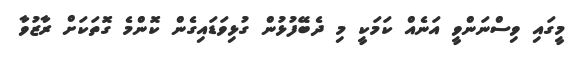
މީގައި ވިސްނަންވީ އަނެއް ކަމަކީ މި ދެބޭފުޅުން ގުޅިވަޑައިގެން ކޮންމެ ގޮތަކަށް ރާޒުވާ